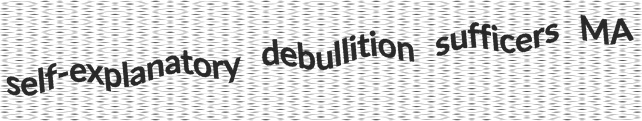
self-explanatory debullition sufficers MA